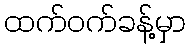
ထက်ဝက်ခန့်မှာ